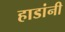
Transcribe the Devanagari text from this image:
हाडांनी